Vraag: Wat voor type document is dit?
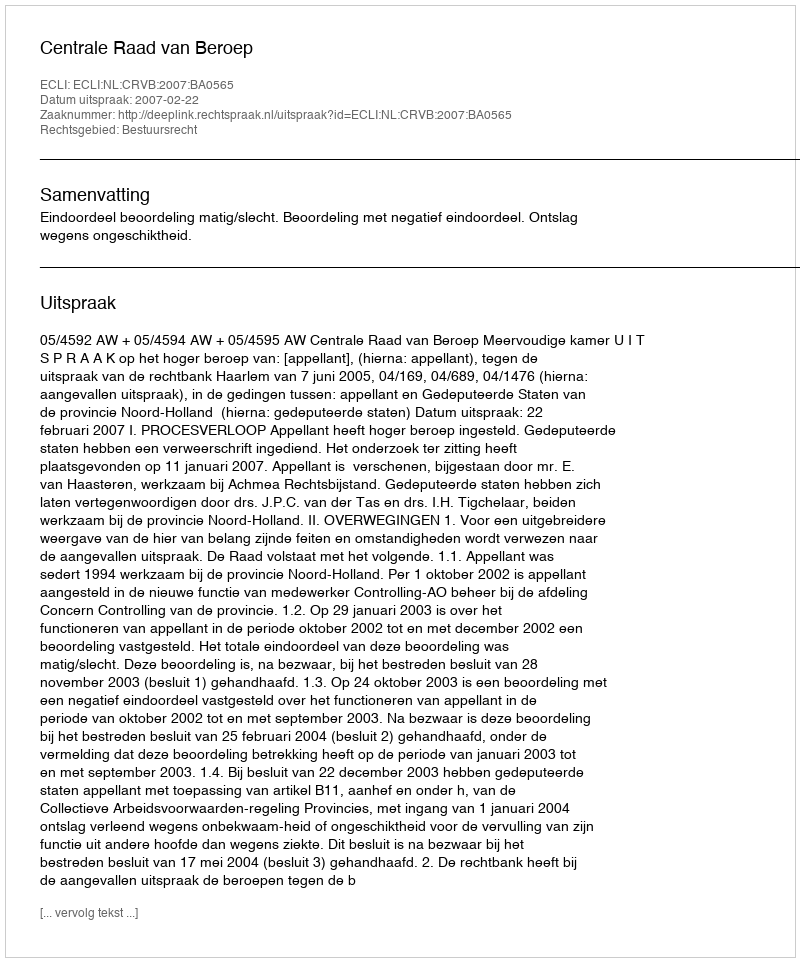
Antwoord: Uitspraak